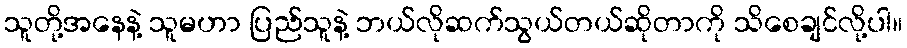
သူတို့အနေနဲ့ သူမဟာ ပြည်သူနဲ့ ဘယ်လိုဆက်သွယ်တယ်ဆိုတာကို သိစေချင်လို့ပါ။